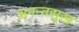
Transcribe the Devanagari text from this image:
अनन्तसुख